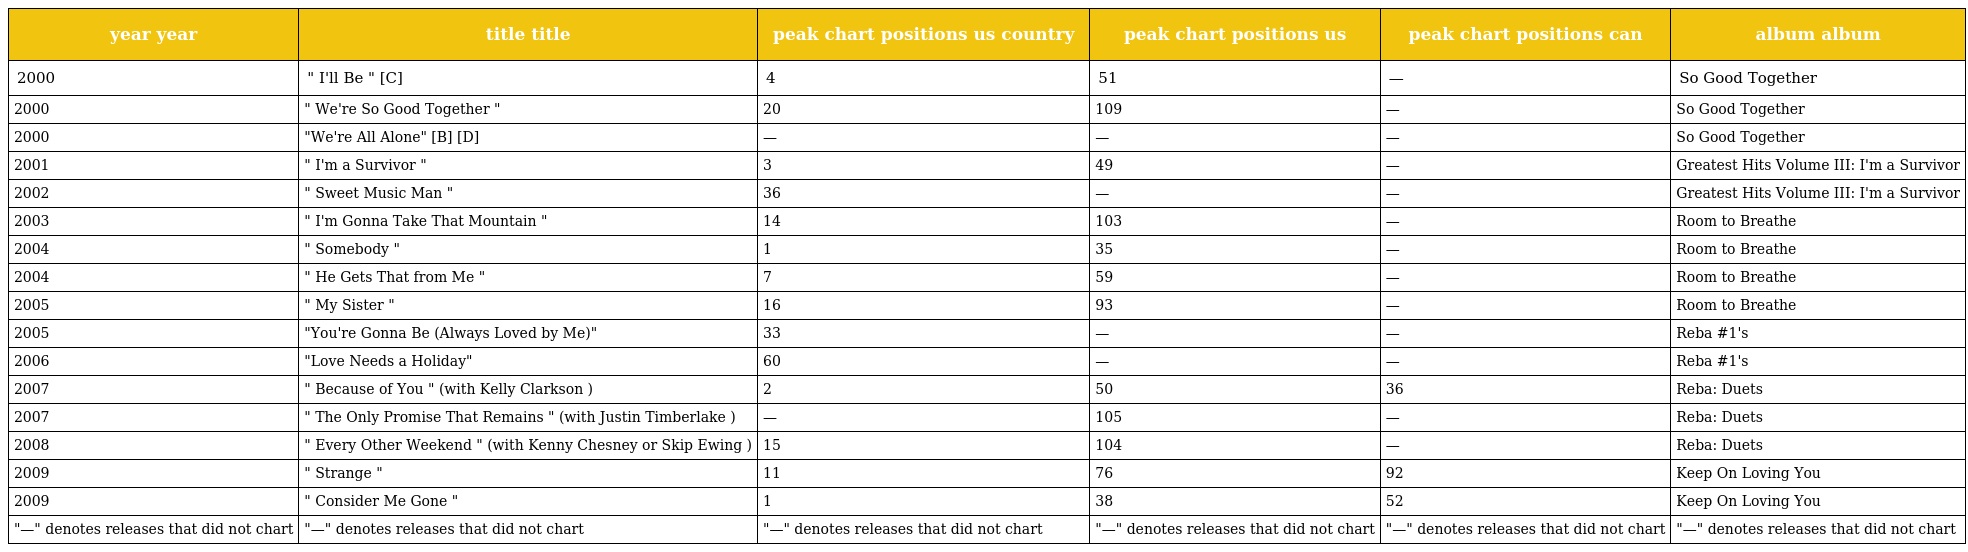
| year year | title title | peak chart positions us country | peak chart positions us | peak chart positions can | album album |
 | --- | --- | --- | --- | --- | --- |
 | 2000 | " I'll Be " [C] | 4 | 51 | — | So Good Together |
 | 2000 | " We're So Good Together " | 20 | 109 | — | So Good Together |
 | 2000 | "We're All Alone" [B] [D] | — | — | — | So Good Together |
 | 2001 | " I'm a Survivor " | 3 | 49 | — | Greatest Hits Volume III: I'm a Survivor |
 | 2002 | " Sweet Music Man " | 36 | — | — | Greatest Hits Volume III: I'm a Survivor |
 | 2003 | " I'm Gonna Take That Mountain " | 14 | 103 | — | Room to Breathe |
 | 2004 | " Somebody " | 1 | 35 | — | Room to Breathe |
 | 2004 | " He Gets That from Me " | 7 | 59 | — | Room to Breathe |
 | 2005 | " My Sister " | 16 | 93 | — | Room to Breathe |
 | 2005 | "You're Gonna Be (Always Loved by Me)" | 33 | — | — | Reba #1's |
 | 2006 | "Love Needs a Holiday" | 60 | — | — | Reba #1's |
 | 2007 | " Because of You " (with Kelly Clarkson ) | 2 | 50 | 36 | Reba: Duets |
 | 2007 | " The Only Promise That Remains " (with Justin Timberlake ) | — | 105 | — | Reba: Duets |
 | 2008 | " Every Other Weekend " (with Kenny Chesney or Skip Ewing ) | 15 | 104 | — | Reba: Duets |
 | 2009 | " Strange " | 11 | 76 | 92 | Keep On Loving You |
 | 2009 | " Consider Me Gone " | 1 | 38 | 52 | Keep On Loving You |
 | "—" denotes releases that did not chart | "—" denotes releases that did not chart | "—" denotes releases that did not chart | "—" denotes releases that did not chart | "—" denotes releases that did not chart | "—" denotes releases that did not chart |